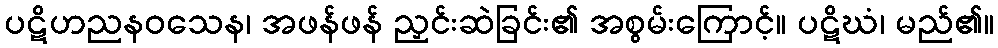
ပဋိဟညနဝသေန၊ အဖန်ဖန် ညှင်းဆဲခြင်း၏ အစွမ်းကြောင့်။ ပဋိဃံ၊ မည်၏။